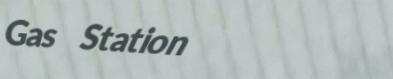
Gas Station